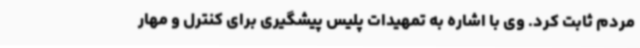
مردم ثابت کرد. وی با اشاره به تمهیدات پلیس پیشگیری برای کنترل و مهار